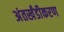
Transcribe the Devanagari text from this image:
अंतर्खंडीकरण